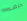
كبف